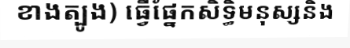
ខាងត្បូង) ធ្វើផ្នែកសិទ្ធិមនុស្សនិង